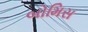
બોમિસ